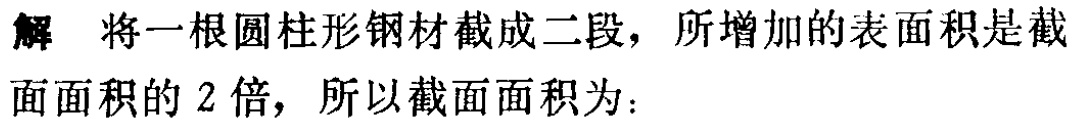
解 将一根圆柱形钢材截成二段，所增加的表面积是截面面积的 2 倍，所以截面面积为：